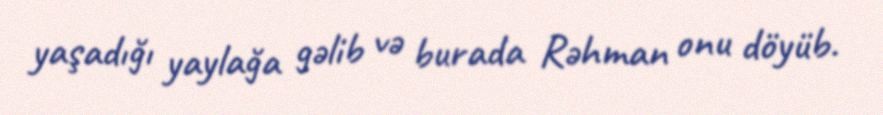
yaşadığı yaylağa gəlib və burada Rəhman onu döyüb.